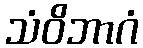
သံဝိဘာဂံ